Report on vaccination in Madras 1895-1903 - 1895-1903
Year: 1895
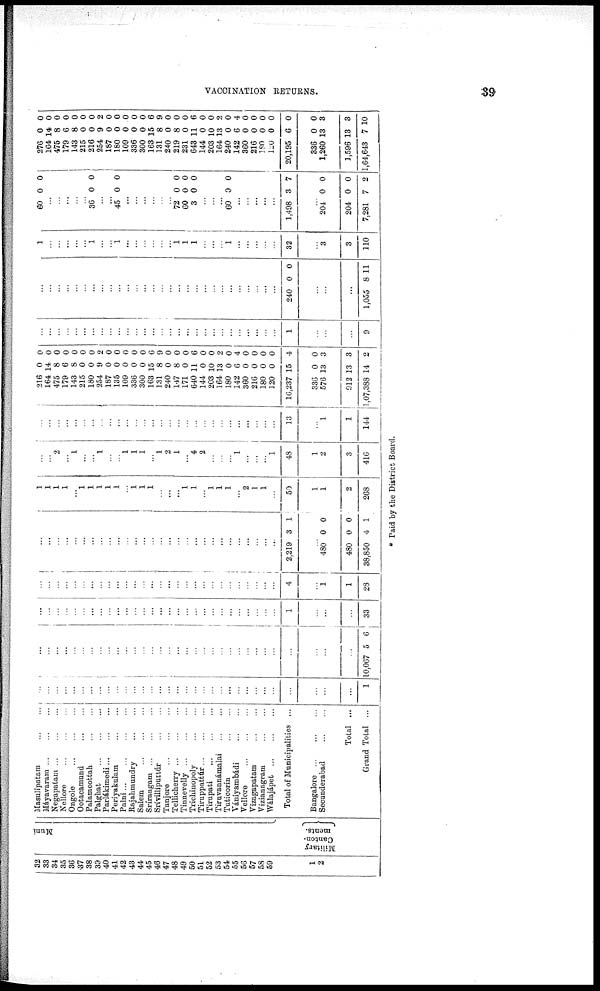
VACCINATION RETURNS.
39
32
33
34
35
36
37
38
39
40
41
42
43
44
45
46
47
48
49
50
51
52
53
54
55
56
57
58
59
1
2
Muni
Military
Canton-
ments.
Masulipatam
...
...
Máyavaram
...
...
...
Negapatam
...
...
...
Nellore ... ... ...
Ongole
...
...
...
Ootacamund ... ... ...
Palamcottah
...
...
Palghat
...
...
...
Parlákimedi
...
...
...
Periyakulam
...
...
Palni
...
...
...
...
Rajahmundry
...
...
Salem
...
...
...
Srírangam
...
...
...
Srívilliputtúr
...
...
Tanjore
...
...
...
Tellicherry
...
...
...
Tinnevelly
...
...
...
Trichinopoly
...
...
Tiruppattúr
...
...
...
Tirupati
...
...
...
Tiruvannámalai
...
...
Tuticorin
...
...
Vániyambádi
...
...
Vellore
...
...
...
Vizagapatam
...
...
Vizianagram
...
...
Wálajápet
...
...
...
Total of Municipalities ...
Bangalore
...
...
...
Secunderabad
...
...
Total ...
Grand Total ...
...
...
...
...
...
...
...
...
...
...
...
...
...
...
...
...
...
...
...
...
...
...
...
...
...
...
...
...
...
...
...
...
1
...
...
...
...
...
...
...
...
...
...
...
...
...
...
...
...
...
...
...
...
...
...
...
...
...
...
...
...
...
...
...
...
10,067 5
6
...
...
...
...
...
...
...
...
...
...
...
...
...
...
...
...
...
...
...
...
...
...
...
...
...
...
...
...
1
...
...
...
33
...
...
...
...
...
...
...
...
...
...
...
...
...
...
...
...
...
...
...
...
...
...
...
...
...
...
...
...
4
...
1
1
28
...
...
...
...
...
...
...
...
...
...
...
...
...
...
...
...
...
...
...
...
...
...
...
...
...
...
...
...
2,219 3 1
...
480
480
38,850
0
0
4
0
0
1
1
1
1
1
...
1
1
1
1
1
...
1
1
1
...
...
...
1
1
...
1
1
1
...
2
...
...
...
50
1
1
2
268
...
...
2
...
1
...
...
1
...
...
1
1
1
...
1
2
1
...
4
2
...
...
...
1
...
...
... 1
48
1
2
3
416
...
...
...
...
...
...
...
...
...
...
...
...
...
...
...
...
...
...
...
...
...
...
...
...
...
...
...
...
13
...
1
1
144
216
164
475
179
143
215
180
254
187
135
109
336
300
163
131
240
147
171
640
144
203
164
180
142
360
216
180
120
16,237
336
576
912
1,07,388
0
14
8
6
8
0
0
9
0
0
0
0
0
15
8
0
8
0
11
0
10
13
0
6
0
0
0
0
15
0
13
13
14
0
0
0
0
0
0
0
2
0
0
0
0
0
6
9
0
0
0
6
0
0
2
0
4
0
0
0
0
4
0
3
3
2
...
...
...
...
...
...
...
...
...
...
...
...
...
...
...
...
...
...
...
...
...
...
...
...
...
...
...
...
1
...
...
...
9
...
...
...
...
...
...
...
...
...
...
...
...
...
...
...
...
...
...
...
...
...
...
...
...
...
...
...
...
240 0 0
...
...
...
1,055 8 11
1
...
...
...
...
...
1
...
...
1
...
...
...
...
...
...
1
1
1
...
...
...
1
...
...
...
...
...
32
...
3
3
110
60 0 0
...
...
...
...
...
36 0 0
...
...
45 0 0
...
...
...
...
...
...
72
60
3
0
0
0
0
0
0
...
...
...
60 0 0
...
...
...
...
...
1,498 3 7
...
204
204
7,281
0
0
7
0
0
2
276
164
475
179
143
215
216
254
187
180
109
336
300
163
131
240
219
231
643
144
203
164
240
142
360
216
180
120
20,195
336
1,260
1,596
1,64,643
0
14
8
6
8
0
0
9
0
0
0
0
0
15
8
0
8
0
11
0
10
13
0
6
0
0
0
0
6
0
13
13
7
0
0
0
0
0
0
0
2
0
0
0
0
0
6
9
0
0
0
6
0
0
2
0
4
0
0
0
0
0
0
3
3
10
* Paid by the District Board.